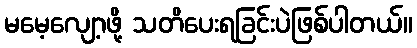
မမေ့လျော့ဖို့ သတိပေးရခြင်းပဲဖြစ်ပါတယ်။